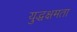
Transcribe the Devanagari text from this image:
युद्धक्षमता